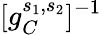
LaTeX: [g_{C}^{s_{1},s_{2}}]^{-1}